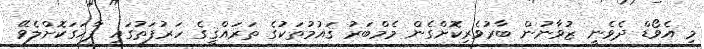
މި އެވޯޑް ދެވެނީ ޒުވާނުން ބާރުވެރިކޮށްގެން މެމްބަރު ޤައުމުތަކުގެ ތަރައްޤީގެ ހަރުފަތުގައި ފާހަގަކޮށްލެވޭ